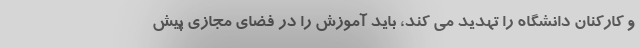
و کارکنان دانشگاه را تهدید می کند، باید آموزش را در فضای مجازی پیش